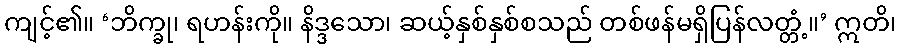
ကျင့်၏။ ‘ဘိက္ခု၊ ရဟန်းကို။ နိဒ္ဒသော၊ ဆယ့်နှစ်နှစ်စသည် တစ်ဖန်မရှိပြန်လတ္တံ့။’ ဣတိ၊